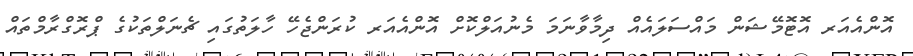
އޮންއެއަރ އޮޓޮމޭޝަން މައްސަލައެއް ދިމާވާނަމަ މެނުއަލްކޮށް އޮންއެއަރ ކުރަންޖެހޭ ހާލަތުގައި ޗެނަލްތަކުގެ ޕްރޮގްރާމްތައް